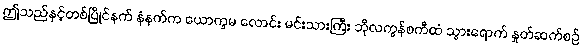
ဤသည်နှင့်တစ်ပြိုင်နက် နံနက်က ယောက္ခမ လောင်း မင်းသားကြီး ဘိုလကွန်စကီထံ သွားရောက် နှုတ်ဆက်စဉ်